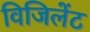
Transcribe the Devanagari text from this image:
विजिलेंट